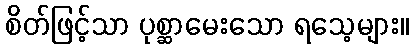
စိတ်ဖြင့်သာ ပုစ္ဆာမေးသော ရသေ့များ။